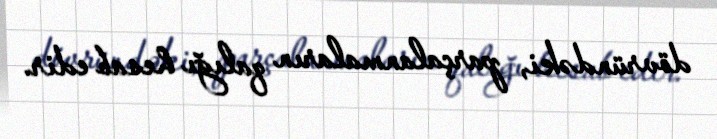
dövründəki, parçalanmaların qalığı hesab edir.